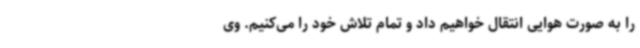
را به صورت هوایی انتقال خواهیم داد و تمام تلاش خود را می‌کنیم. وی